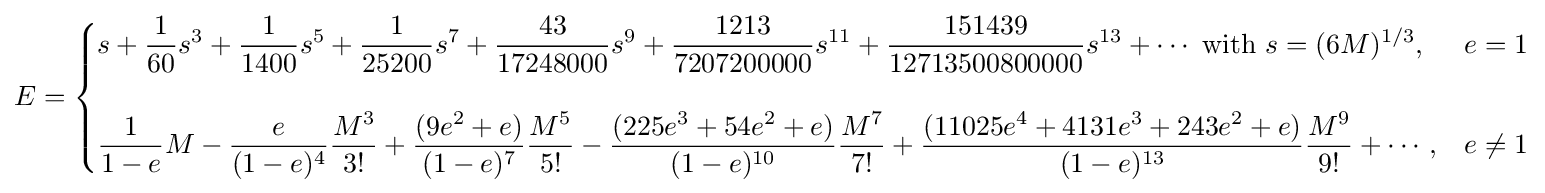
E={\begin{cases}\displaystyle s+{\frac {1}{60}}s^{3}+{\frac {1}{1400}}s^{5}+{\frac {1}{25200}}s^{7}+{\frac {43}{17248000}}s^{9}+{\frac {1213}{7207200000}}s^{11}+{\frac {151439}{12713500800000}}s^{13}+\cdots {\text{ with }}s=(6M)^{1/3},&e=1\\\\\displaystyle {\frac {1}{1-e}}M-{\frac {e}{(1-e)^{4}}}{\frac {M^{3}}{3!}}+{\frac {(9e^{2}+e)}{(1-e)^{7}}}{\frac {M^{5}}{5!}}-{\frac {(225e^{3}+54e^{2}+e)}{(1-e)^{10}}}{\frac {M^{7}}{7!}}+{\frac {(11025e^{4}+4131e^{3}+243e^{2}+e)}{(1-e)^{13}}}{\frac {M^{9}}{9!}}+\cdots ,&e\neq 1\end{cases}}